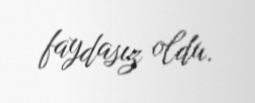
faydasız oldu.